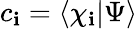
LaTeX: c_{\mathbf{i}}=\langle{\chi_{\mathbf{i}}}|{\Psi}\rangle